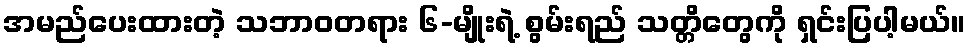
အမည်ပေးထားတဲ့ သဘာဝတရား ၆-မျိုးရဲ့ စွမ်းရည် သတ္တိတွေကို ရှင်းပြပါ့မယ်။